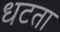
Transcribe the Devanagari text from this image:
धटता